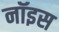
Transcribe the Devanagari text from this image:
नॉइस